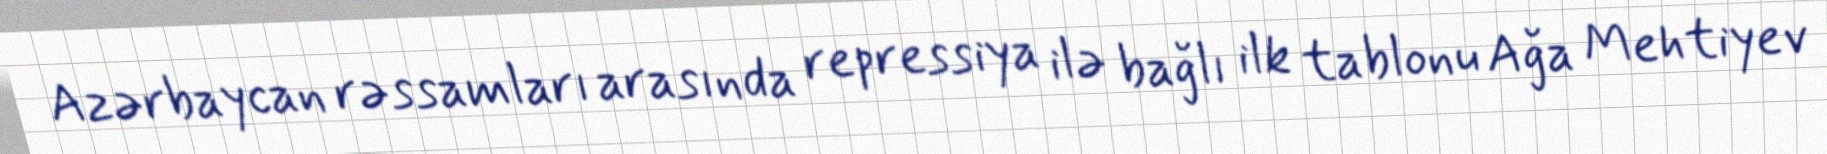
Azərbaycan rəssamları arasında repressiya ilə bağlı ilk tablonu Ağa Mehtiyev